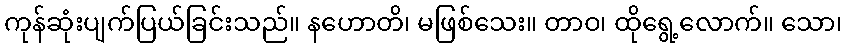
ကုန်ဆုံးပျက်ပြယ်ခြင်းသည်။ နဟောတိ၊ မဖြစ်သေး။ တာဝ၊ ထိုရွေ့လောက်။ သော၊